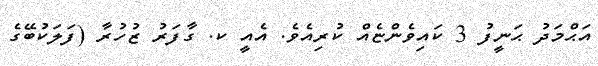
އަޙްމަދު ޙަނީފު 3 ކައިވެންޏެއް ކުރިއެވެ. އެއީ ކ. ގާފަރު ޒުހުރާ (ފަލަކުބޭގެ